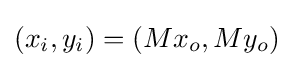
(x_{i},y_{i})=(Mx_{o},My_{o})